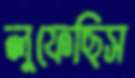
লুফেছিস